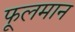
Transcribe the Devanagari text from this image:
फूलमान